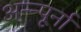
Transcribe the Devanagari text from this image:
अन्न्पूर्ना